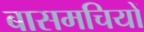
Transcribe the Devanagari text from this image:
बासमचियों